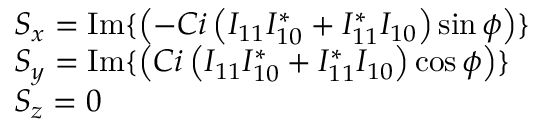
\begin{array} { r l } & { S _ { x } = \operatorname { I m } \{ \left( - C i \left( I _ { 1 1 } I _ { 1 0 } ^ { * } + I _ { 1 1 } ^ { * } I _ { 1 0 } \right) \sin \phi \right) \} } \\ & { S _ { y } = \operatorname { I m } \{ \left( C i \left( I _ { 1 1 } I _ { 1 0 } ^ { * } + I _ { 1 1 } ^ { * } I _ { 1 0 } \right) \cos \phi \right) \} } \\ & { S _ { z } = 0 } \end{array}